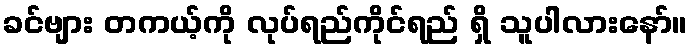
ခင်ဗျား တကယ့်ကို လုပ်ရည်ကိုင်ရည် ရှိ သူပါလားနော်။